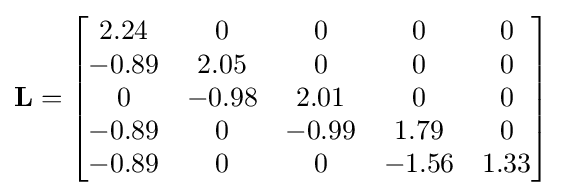
\mathbf {L} ={\begin{bmatrix}2.24&0&0&0&0\\-0.89&2.05&0&0&0\\0&-0.98&2.01&0&0\\-0.89&0&-0.99&1.79&0\\-0.89&0&0&-1.56&1.33\end{bmatrix}}